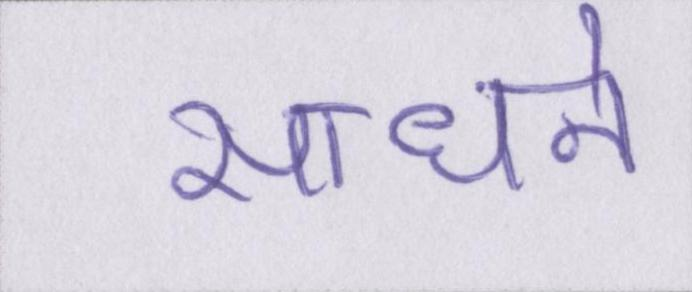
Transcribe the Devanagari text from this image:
साधने